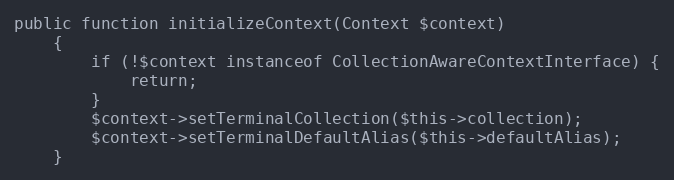
Language: PHP
public function initializeContext(Context $context)
    {
        if (!$context instanceof CollectionAwareContextInterface) {
            return;
        }
        $context->setTerminalCollection($this->collection);
        $context->setTerminalDefaultAlias($this->defaultAlias);
    }